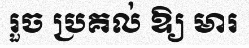
រួច ប្រគល់ ឱ្យ មារ